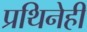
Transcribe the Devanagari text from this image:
प्रथिनेही